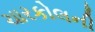
ચારકોલની